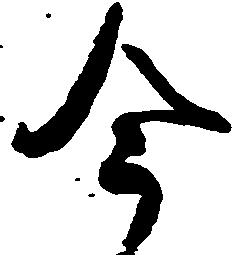
今